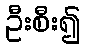
ဦးစီး၍